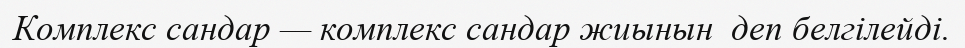
Комплекс сандар — комплекс сандар жиынын  деп белгілейді.